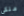
ملكى